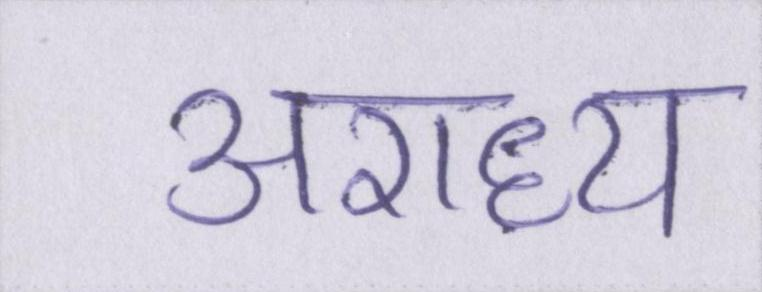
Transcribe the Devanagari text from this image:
अराध्य